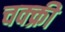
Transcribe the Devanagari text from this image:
चक्क्री